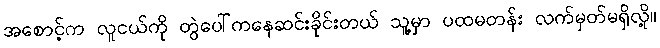
အစောင့်က လူငယ်ကို တွဲပေါ်ကနေဆင်းခိုင်းတယ် သူ့မှာ ပထမတန်း လက်မှတ်မရှိလို့။